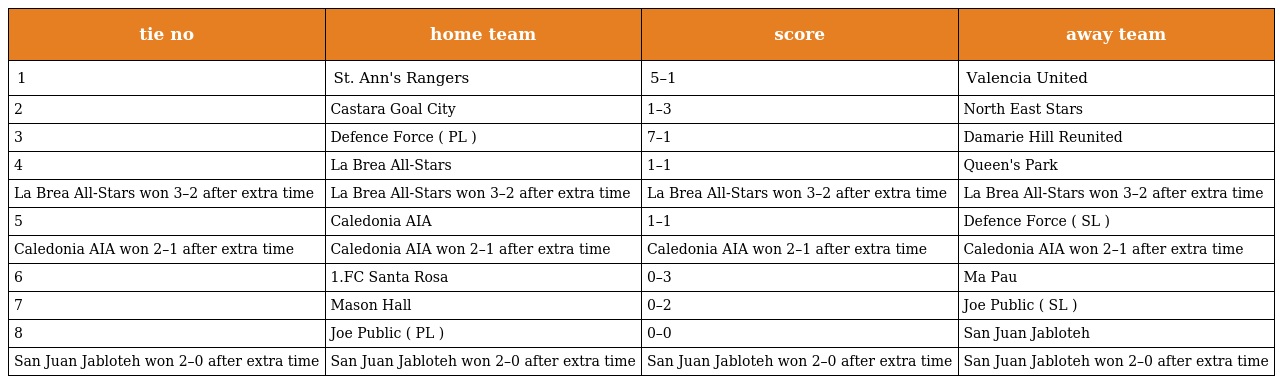
| tie no | home team | score | away team |
 | --- | --- | --- | --- |
 | 1 | St. Ann's Rangers | 5–1 | Valencia United |
 | 2 | Castara Goal City | 1–3 | North East Stars |
 | 3 | Defence Force ( PL ) | 7–1 | Damarie Hill Reunited |
 | 4 | La Brea All-Stars | 1–1 | Queen's Park |
 | La Brea All-Stars won 3–2 after extra time | La Brea All-Stars won 3–2 after extra time | La Brea All-Stars won 3–2 after extra time | La Brea All-Stars won 3–2 after extra time |
 | 5 | Caledonia AIA | 1–1 | Defence Force ( SL ) |
 | Caledonia AIA won 2–1 after extra time | Caledonia AIA won 2–1 after extra time | Caledonia AIA won 2–1 after extra time | Caledonia AIA won 2–1 after extra time |
 | 6 | 1.FC Santa Rosa | 0–3 | Ma Pau |
 | 7 | Mason Hall | 0–2 | Joe Public ( SL ) |
 | 8 | Joe Public ( PL ) | 0–0 | San Juan Jabloteh |
 | San Juan Jabloteh won 2–0 after extra time | San Juan Jabloteh won 2–0 after extra time | San Juan Jabloteh won 2–0 after extra time | San Juan Jabloteh won 2–0 after extra time |